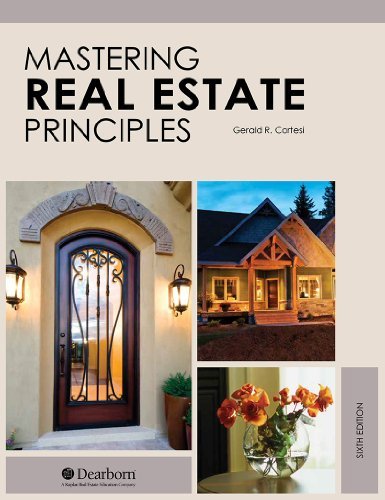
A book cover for Mastering Real Estate Principles, 6th Edition; Gerald R. Cortesi; Business & Money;